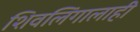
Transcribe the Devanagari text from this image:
शिवलिंगालाही